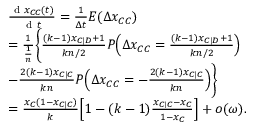
\begin{array} { r l } & { \frac { \textrm { d } x _ { C C } ( t ) } { \textrm { d } t } = \frac { 1 } { \Delta t } E ( \Delta x _ { C C } ) } \\ & { = \frac { 1 } { \frac { 1 } { n } } \bigg \{ \frac { ( k - 1 ) x _ { C | D } + 1 } { k n / 2 } P \Big ( \Delta x _ { C C } = \frac { ( k - 1 ) x _ { C | D } + 1 } { k n / 2 } \Big ) } \\ & { - \frac { 2 ( k - 1 ) x _ { C | C } } { k n } P \Big ( \Delta x _ { C C } = - \frac { 2 ( k - 1 ) x _ { C | C } } { k n } \Big ) \bigg \} } \\ & { = \frac { x _ { C } ( 1 - x _ { C | C } ) } { k } \Big [ 1 - ( k - 1 ) \frac { x _ { C \mid C } - x _ { C } } { 1 - x _ { C } } \Big ] + o ( \omega ) . } \end{array}